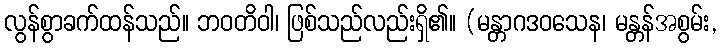
လွန်စွာခက်ထန်သည်။ ဘဝတိဝါ၊ ဖြစ်သည်လည်းရှိ၏။ (မန္တာဂဒဝသေန၊ မန္တန်အစွမ်း,